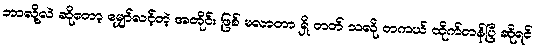
ဘာလို့လဲ ဆိုတော့ မျှော်လင့်တဲ့ အတိုင်း ဖြစ် မလာတာ ရှိ တတ် သလို တကယ် ထိုက်တန်ပြီ ဆိုရင်